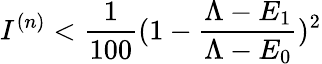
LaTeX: I^{(n)}<\frac{1}{100}(1-\frac{\Lambda-E_{1}}{\Lambda-E_{0}})^{2}